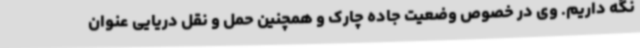
نگه داریم. وی در خصوص وضعیت جاده چارک و همچنین حمل و نقل دریایی عنوان